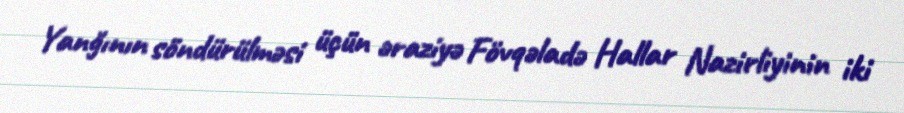
Yanğının söndürülməsi üçün əraziyə Fövqəladə Hallar Nazirliyinin iki